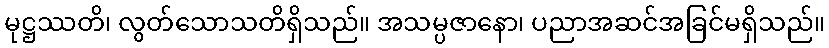
မုဋ္ဌဿတိ၊ လွတ်သောသတိရှိသည်။ အသမ္ပဇာနော၊ ပညာအဆင်အခြင်မရှိသည်။